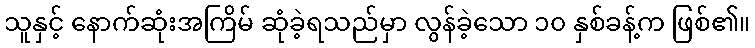
သူနှင့် နောက်ဆုံးအကြိမ် ဆုံခဲ့ရသည်မှာ လွန်ခဲ့သော ၁၀ နှစ်ခန့်က ဖြစ်၏။